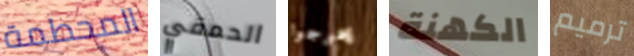
المحطمة الحمقي يخرجوا الكهنة ترميم